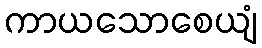
ကာယသောစေယျံ